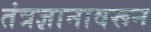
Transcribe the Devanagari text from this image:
तंत्रज्ञानावरून